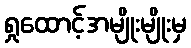
ရှုထောင့်အမျိုးမျိုးမှ